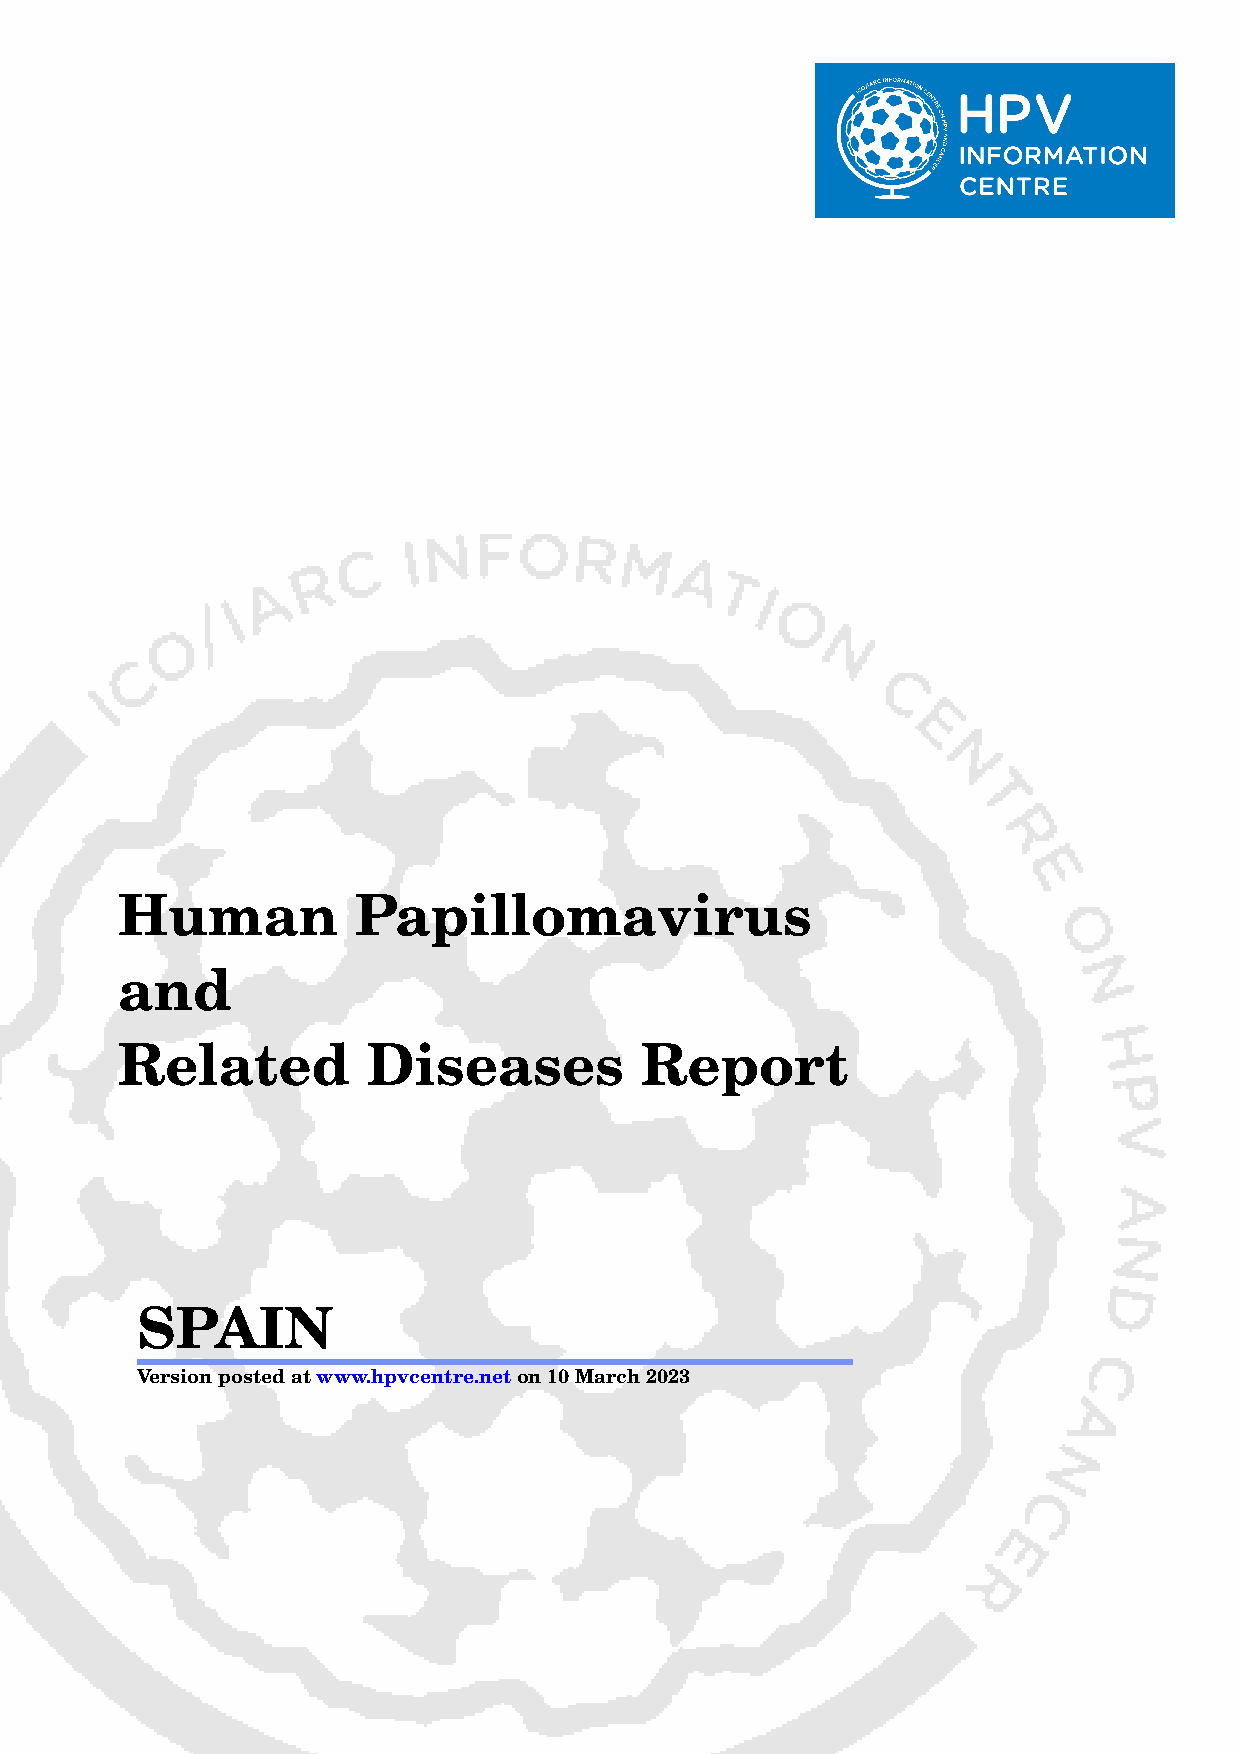
Human          Papillomavirus
 and
 Related         Diseases          Report
 SPAIN
 Versionpostedatwww.hpvcentre.neton10March2023